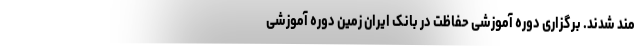
مند شدند. برگزاری دوره آموزشی حفاظت در بانک ایران زمین دوره آموزشی